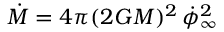
\dot { M } = 4 \pi ( 2 G M ) ^ { 2 } \, \dot { \phi } _ { \infty } ^ { 2 }